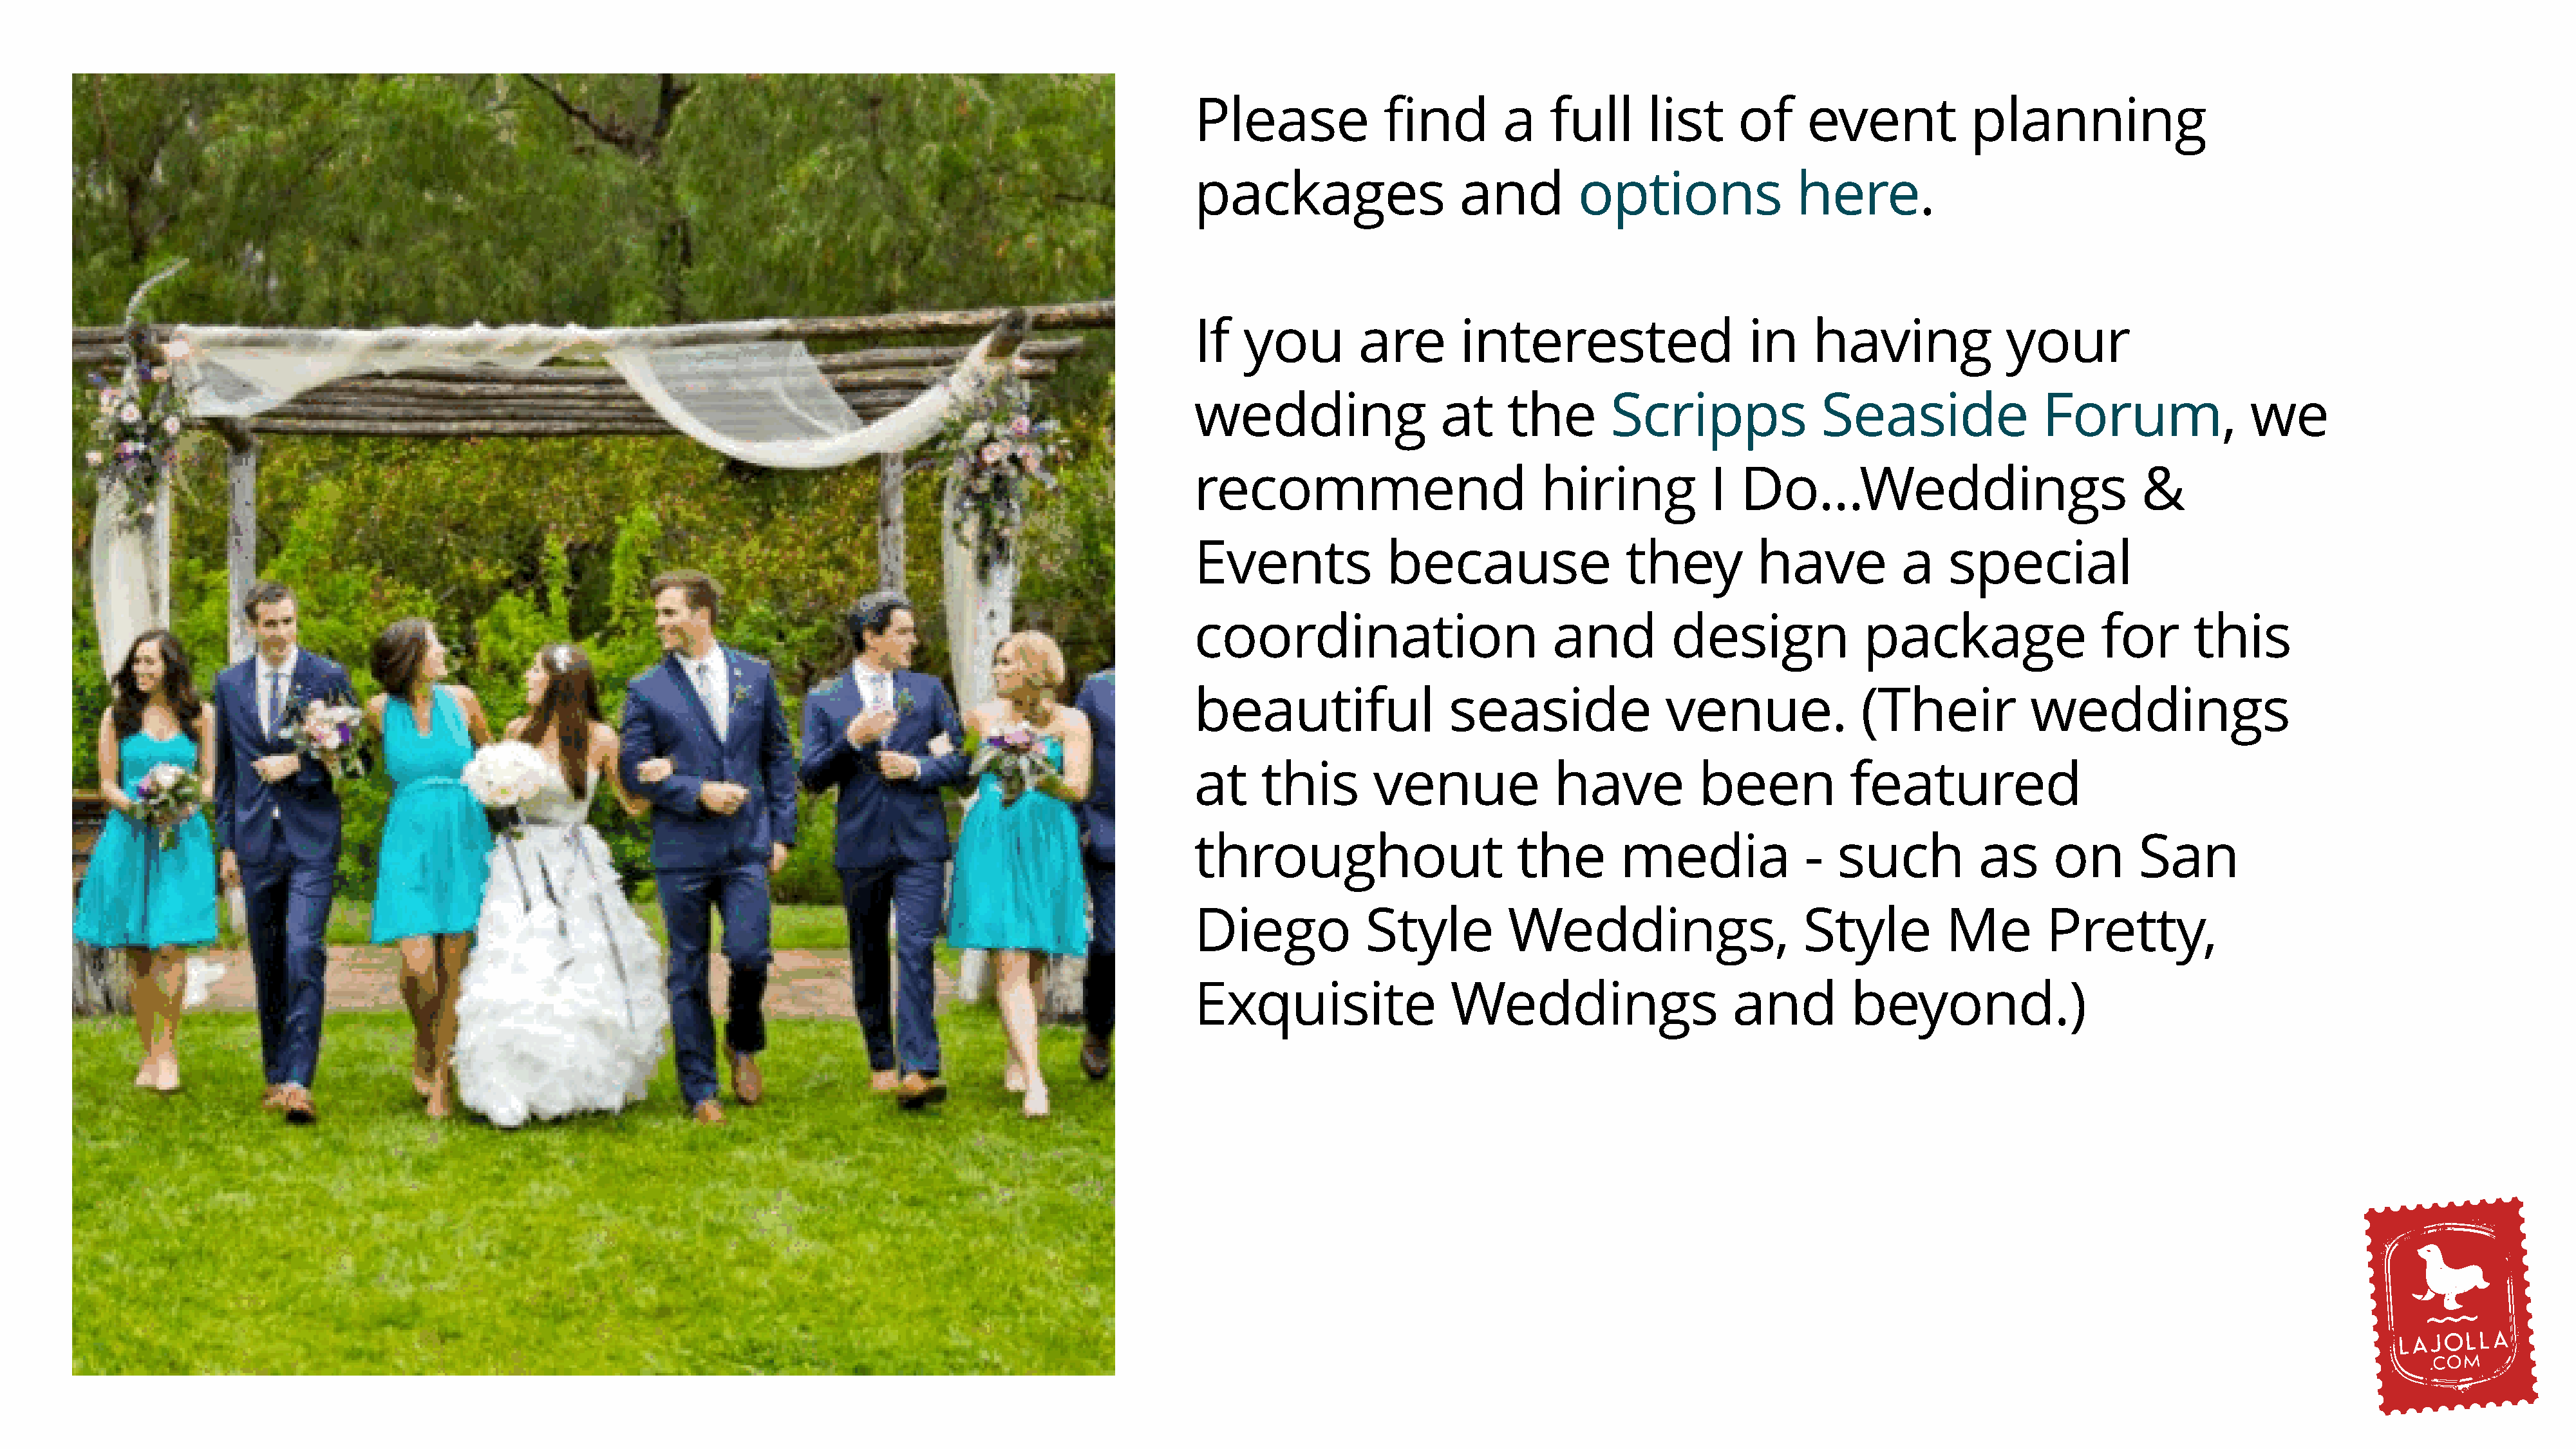
Please             find        a    full      list      of     event            planning
 packages                   and         options                here.
 If   you         are       interested                    in    having              your
 wedding                  at     the        Scripps              Seaside                Forum,               we
 recommend                          hiring            I  Do...Weddings                            &
 Events              because                 they          have          a    special
 coordination                         and         design              package                 for      this
 beautiful                 seaside               venue.              (Their            weddings
 at     this       venue              have           been           featured
 throughout                       the        media             -   such          as      on       San
 Diego            Style          Weddings,                     Style          Me        Pretty,
 Exquisite                 Weddings                     and         beyond.)